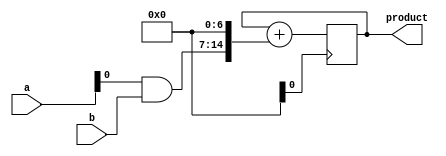
module baugh_wooley_multiplier(
  input [7:0] a,
  input [7:0] b,
  output reg [15:0] product
);

reg [15:0] partial_product [7:0];

integer i;

always @(*) begin
  partial_product[0] = a[0] & b;
  for (i = 1; i < 8; i = i + 1) begin
    partial_product[i] = a[i] ? (partial_product[i-1] + (b << i)) : partial_product[i-1];
  end
end

always @(posedge clk) begin
  product <= partial_product[7];
  for (i = 6; i >= 0; i = i - 1) begin
    product <= product + (partial_product[i] << (7 - i));
  end
end

endmodule